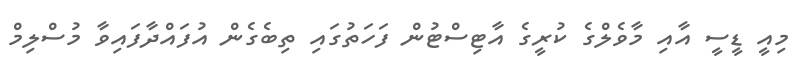
މިއީ ޑީސީ އާއި މާވެލްގެ ކުރީގެ އާޓިސްޓުން ފަހަތުގައި ތިބެގެން އުފައްދާފައިވާ މުސްލިމް